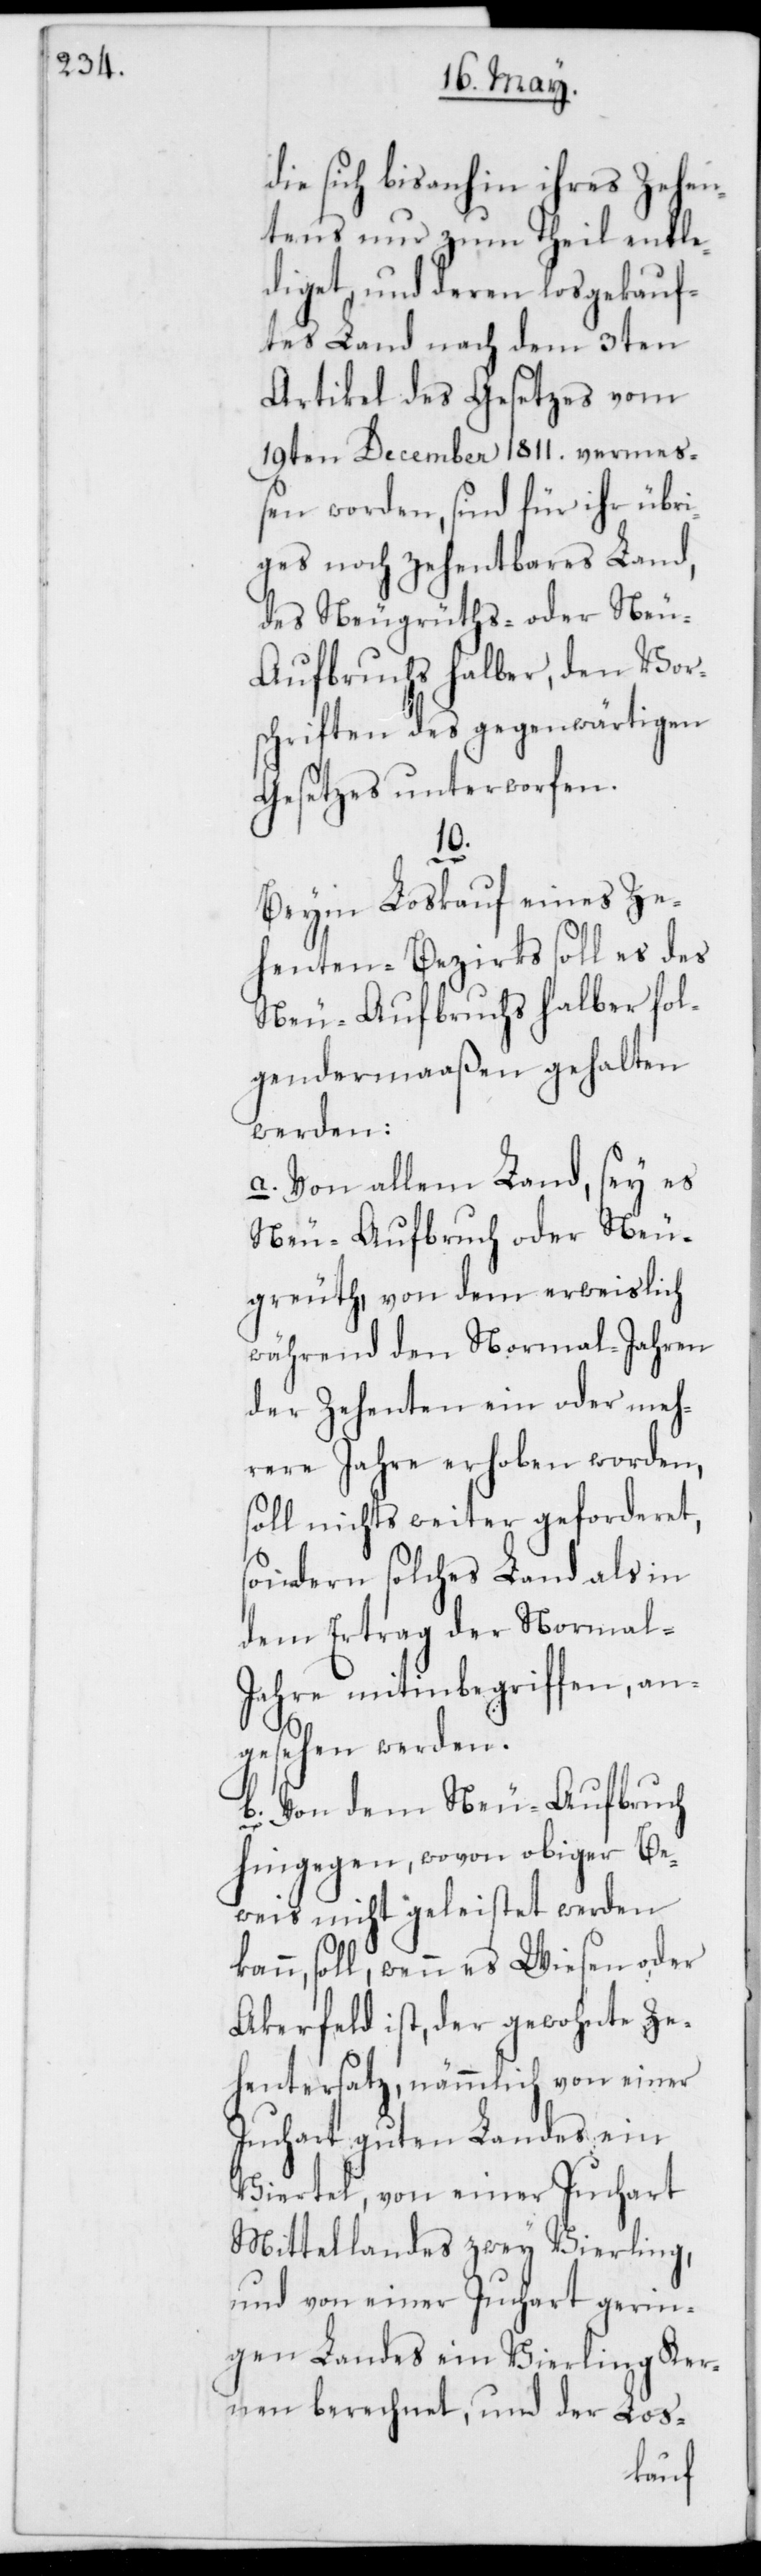
die sich bis dahin ihres Zehen¬
tens nur zum Theil entle¬
diget, und deren losgekauf¬
tes Land nach dem 3ten
Artikel des Gesetzes vom
19ten December 1811. verme¬
ßen worden, sind für ihr übri¬
ges noch zehentbares Land,
des Neugrüths- oder Neu-A¬
ufbruch halber, den Vor¬
schriften des gegenwärtigen
Gesetzes unterworfen.
10.
Beym Loskauf eines Ze¬
henten-Bezirks soll es des
Neu-Aufbruchs halber fol¬
gendermaaßen gehalten
werden:
a. Von allem Land, sey es
Neu-Aufbruch oder Neu¬
greuth, von dem erweislich
während den Normal-Jahren
der Zehenten ein oder meh¬
rere Jahre erhoben worden,
soll nichts weiter geforderet,
sondern solches Land als in
dem Ertrag der Normal-J¬
ahre mitinbegriffen, an¬
gesehen werden.
b. Von dem Neu-Aufbruch
hingegen, wovon obiger Be¬
weis nicht geleistet werden
n, soll, wenn es Wiesen oder
Akerfeld ist, der gewohnte Ze¬
hentersatz, nämmlich von einer
Juchart guten Landes, ein
Viertel, von einer Juchart
Mittellandes zwey Vierling,
und von einer Juchart gerin¬
gen Landes ein Vierling Ker¬
nen berechnet, und der Los-
kan¬